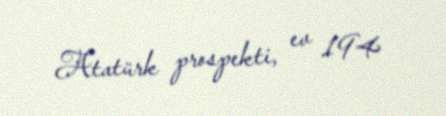
Atatürk prospekti, ev 194